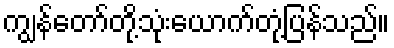
ကျွန်တော်တို့သုံးယောက်တုံ့ပြန်သည်။